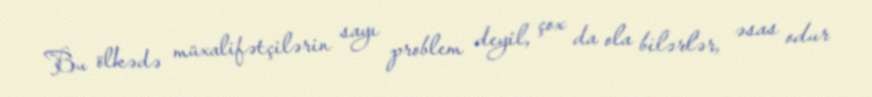
Bu ölkədə müxalifətçilərin sayı problem deyil, çox da ola bilərlər, əsas odur